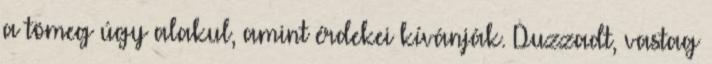
a tömeg úgy alakul, amint érdekei kívánják. Duzzadt, vastag